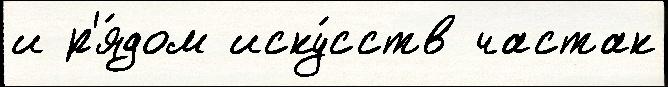
и р'я́дом иску́сств частак